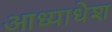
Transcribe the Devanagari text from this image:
आध्याधेश